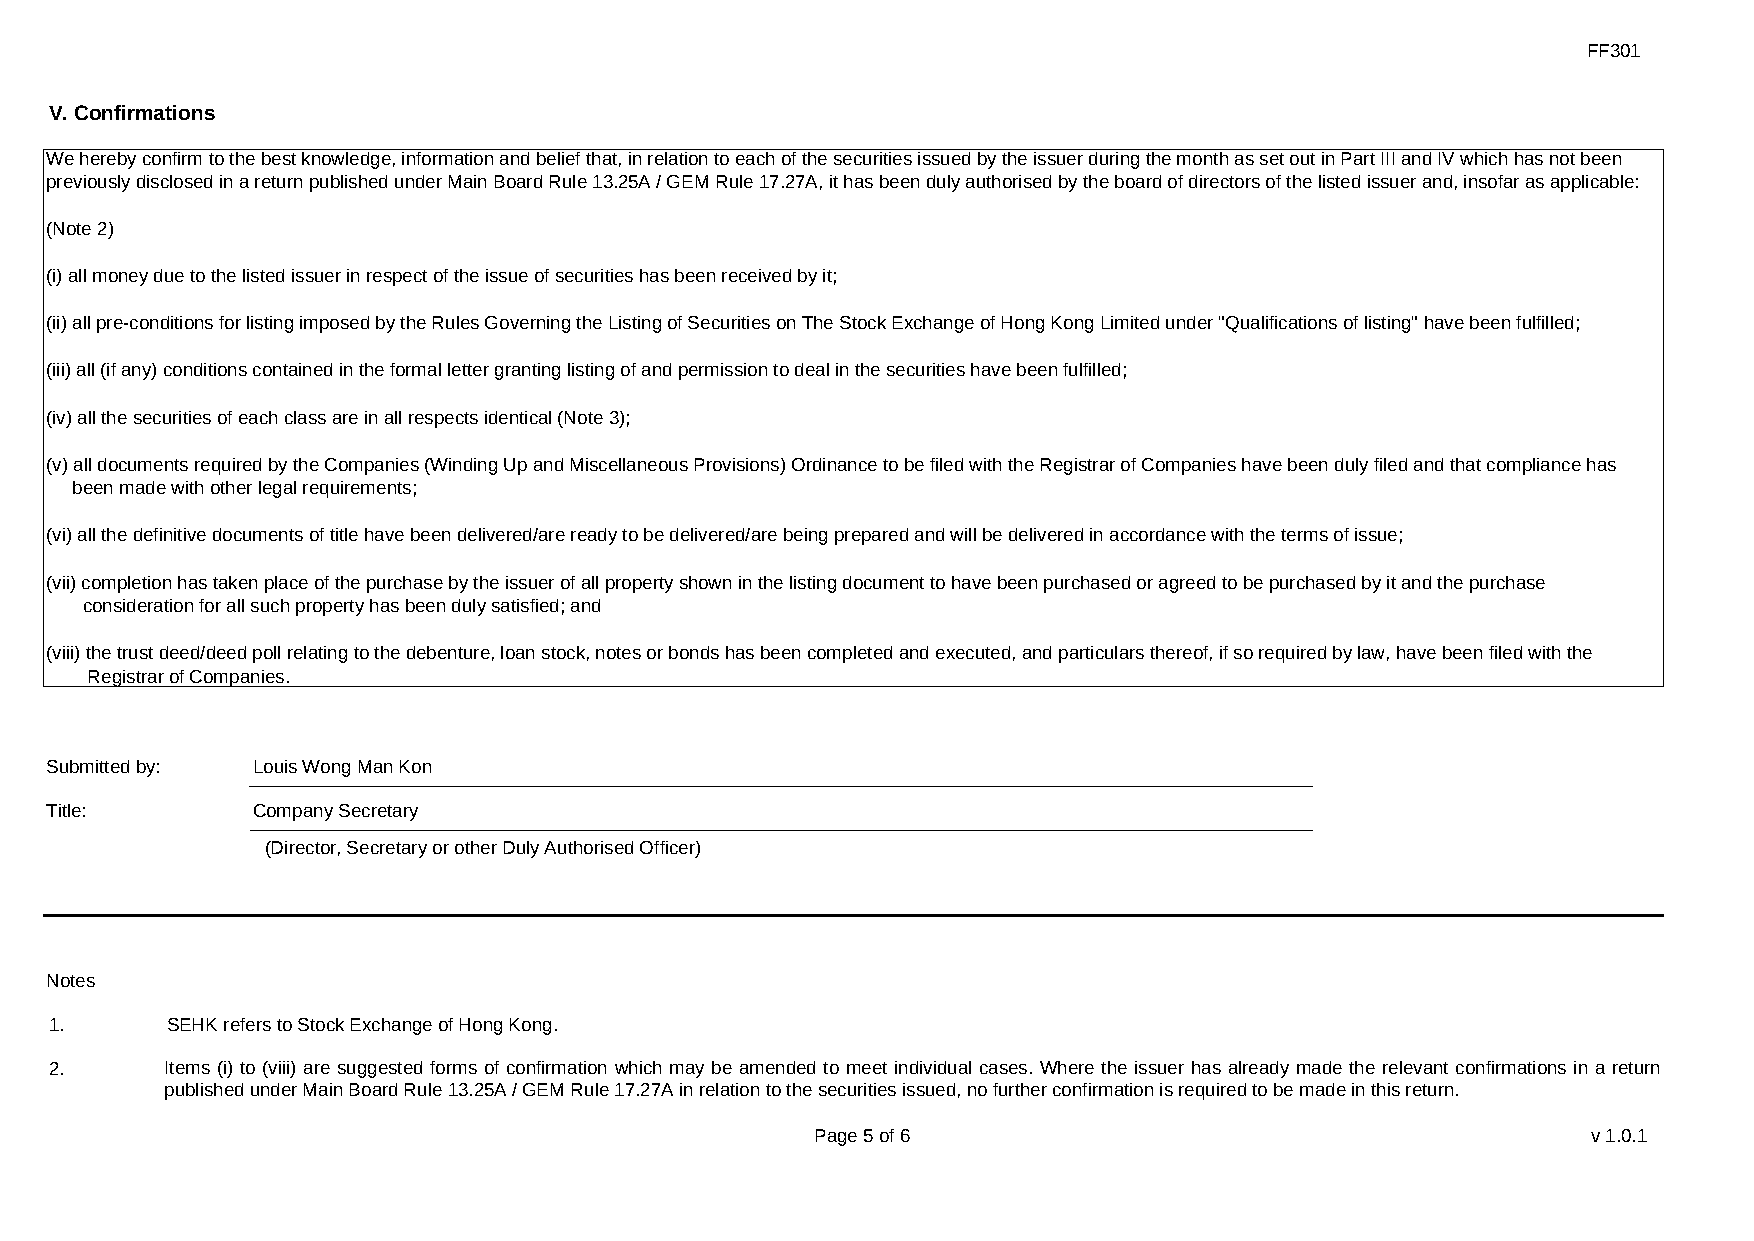
FF301
 V. Confirmations
 We hereby confirm to the best knowledge, information and belief that, in relation to each of the securities issued by the issuer during the month as set out in Part III and IV which has not been
 previously disclosed in a return published under Main Board Rule 13.25A / GEM Rule 17.27A, it has been duly authorised by the board of directors of the listed issuer and, insofar as applicable:
 (Note 2)
 (i) all money due to the listed issuer in respect of the issue of securities has been received by it;
 (ii) all pre-conditions for listing imposed by the Rules Governing the Listing of Securities on The Stock Exchange of Hong Kong Limited under "Qualifications of listing" have been fulfilled;
 (iii) all (if any) conditions contained in the formal letter granting listing of and permission to deal in the securities have been fulfilled;
 (iv) all the securities of each class are in all respects identical (Note 3);
 (v) all documents required by the Companies (Winding Up and Miscellaneous Provisions) Ordinance to be filed with the Registrar of Companies have been duly filed and that compliance has
 been made with other legal requirements;
 (vi) all the definitive documents of title have been delivered/are ready to be delivered/are being prepared and will be delivered in accordance with the terms of issue;
 (vii) completion has taken place of the purchase by the issuer of all property shown in the listing document to have been purchased or agreed to be purchased by it and the purchase
 consideration for all such property has been duly satisfied; and
 (viii) the trust deed/deed poll relating to the debenture, loan stock, notes or bonds has been completed and executed, and particulars thereof, if so required by law, have been filed with the
 Registrar of Companies.
 Submitted by: Louis Wong Man Kon
 Title:        Company Secretary
 (Director, Secretary or other Duly Authorised Officer)
 Notes
 1.      SEHK refers to Stock Exchange of Hong Kong.
 2.      Items (i) to (viii) are suggested forms of confirmation which may be amended to meet individual cases. Where the issuer has already made the relevant confirmations in a return
 published under Main Board Rule 13.25A / GEM Rule 17.27A in relation to the securities issued, no further confirmation is required to be made in this return.
 Page 5 of 6                                        v1.0.1